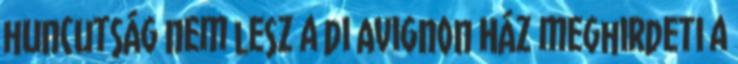
huncutság nem lesz a di Avignon Ház meghirdeti a